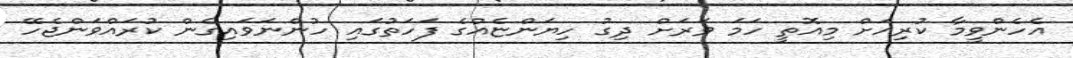
އެހެންވީމާ ކުރިއަށް މިއޮތީ ހަމަ ވަރަށް ދިގު ހިޔަންޏެއްގެ ފަހަތުގައި ހުންނަވައިގެން ކުރައްވަންޖެހޭ